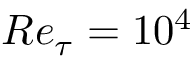
R e _ { \tau } = 1 0 ^ { 4 }